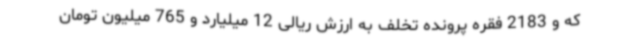
که و 2183 فقره پرونده تخلف به ارزش ریالی 12 میلیارد و 765 میلیون تومان